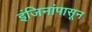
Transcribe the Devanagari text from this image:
इंजिनांपासून